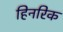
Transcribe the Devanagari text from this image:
हिनरिक